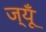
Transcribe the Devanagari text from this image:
ज्यूँ